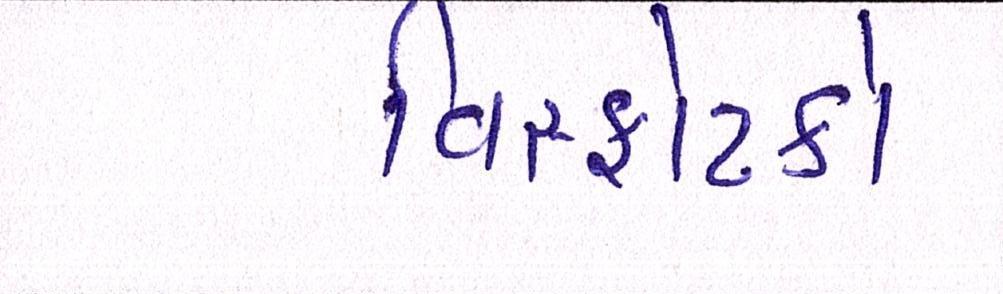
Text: વિસ્ફોટકો